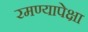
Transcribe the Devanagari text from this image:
रमण्यापेक्षा